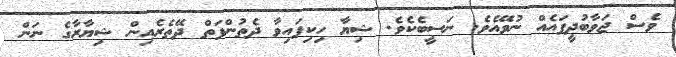
ވެސް ޖަވާބުދީފައެއް ނުވޭއެވެ. ނަސީބެކެވެ. ޝިޔާ ހިކިފައިވާ ދެތުންފަތް ދޭތެރެއިން ޝިޔާރާގެ ނަން